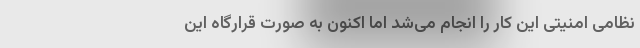
نظامی امنیتی این کار را انجام می‌شد اما اکنون به صورت قرارگاه این